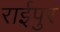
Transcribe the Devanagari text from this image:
राईपुर